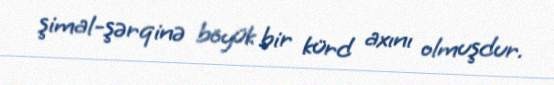
şimal-şərqinə böyük bir kürd axını olmuşdur.